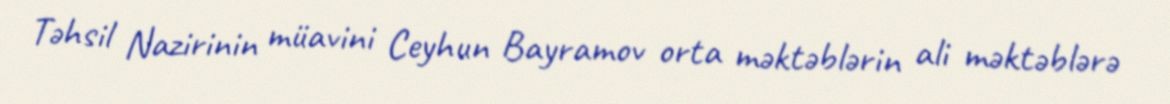
Təhsil Nazirinin müavini Ceyhun Bayramov orta məktəblərin ali məktəblərə